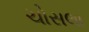
ચોસલા